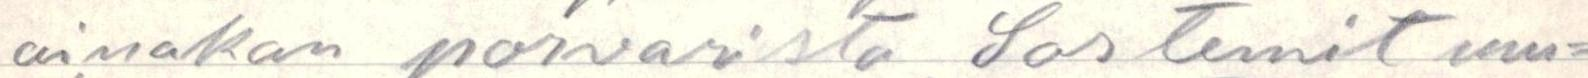
ainakan porvarista Sos temit mu=